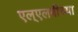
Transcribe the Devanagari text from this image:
एल्‌एलबीच्या